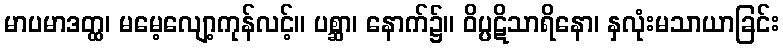
မာပမာဒတ္ထ၊ မမေ့လျော့ကုန်လင့်။ ပစ္ဆာ၊ နောက်၌။ ဝိပ္ပဋိသာရိနော၊ နှလုံးမသာယာခြင်း